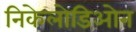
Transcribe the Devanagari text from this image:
निकेलोडिओन